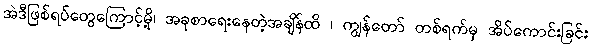
အဲဒီဖြစ်ရပ်တွေကြောင့်မို့၊ အခုစာရေးနေတဲ့အချိန်ထိ ၊ ကျွန်တော် တစ်ရက်မှ အိပ်ကောင်းခြင်း